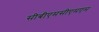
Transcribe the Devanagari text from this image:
सीबीएमसीएमएम